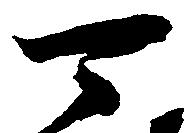
可